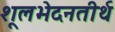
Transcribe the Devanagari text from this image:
शूलभेदनतीर्थ